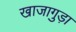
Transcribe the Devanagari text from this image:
खाजागुड़ा